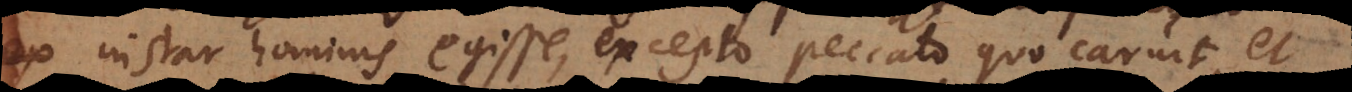
instar hominis egisse, excepto peccato quo caruit, et